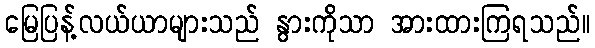
မြေပြန့်လယ်ယာများသည် နွားကိုသာ အားထားကြရသည်။